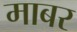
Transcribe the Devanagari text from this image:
माबर